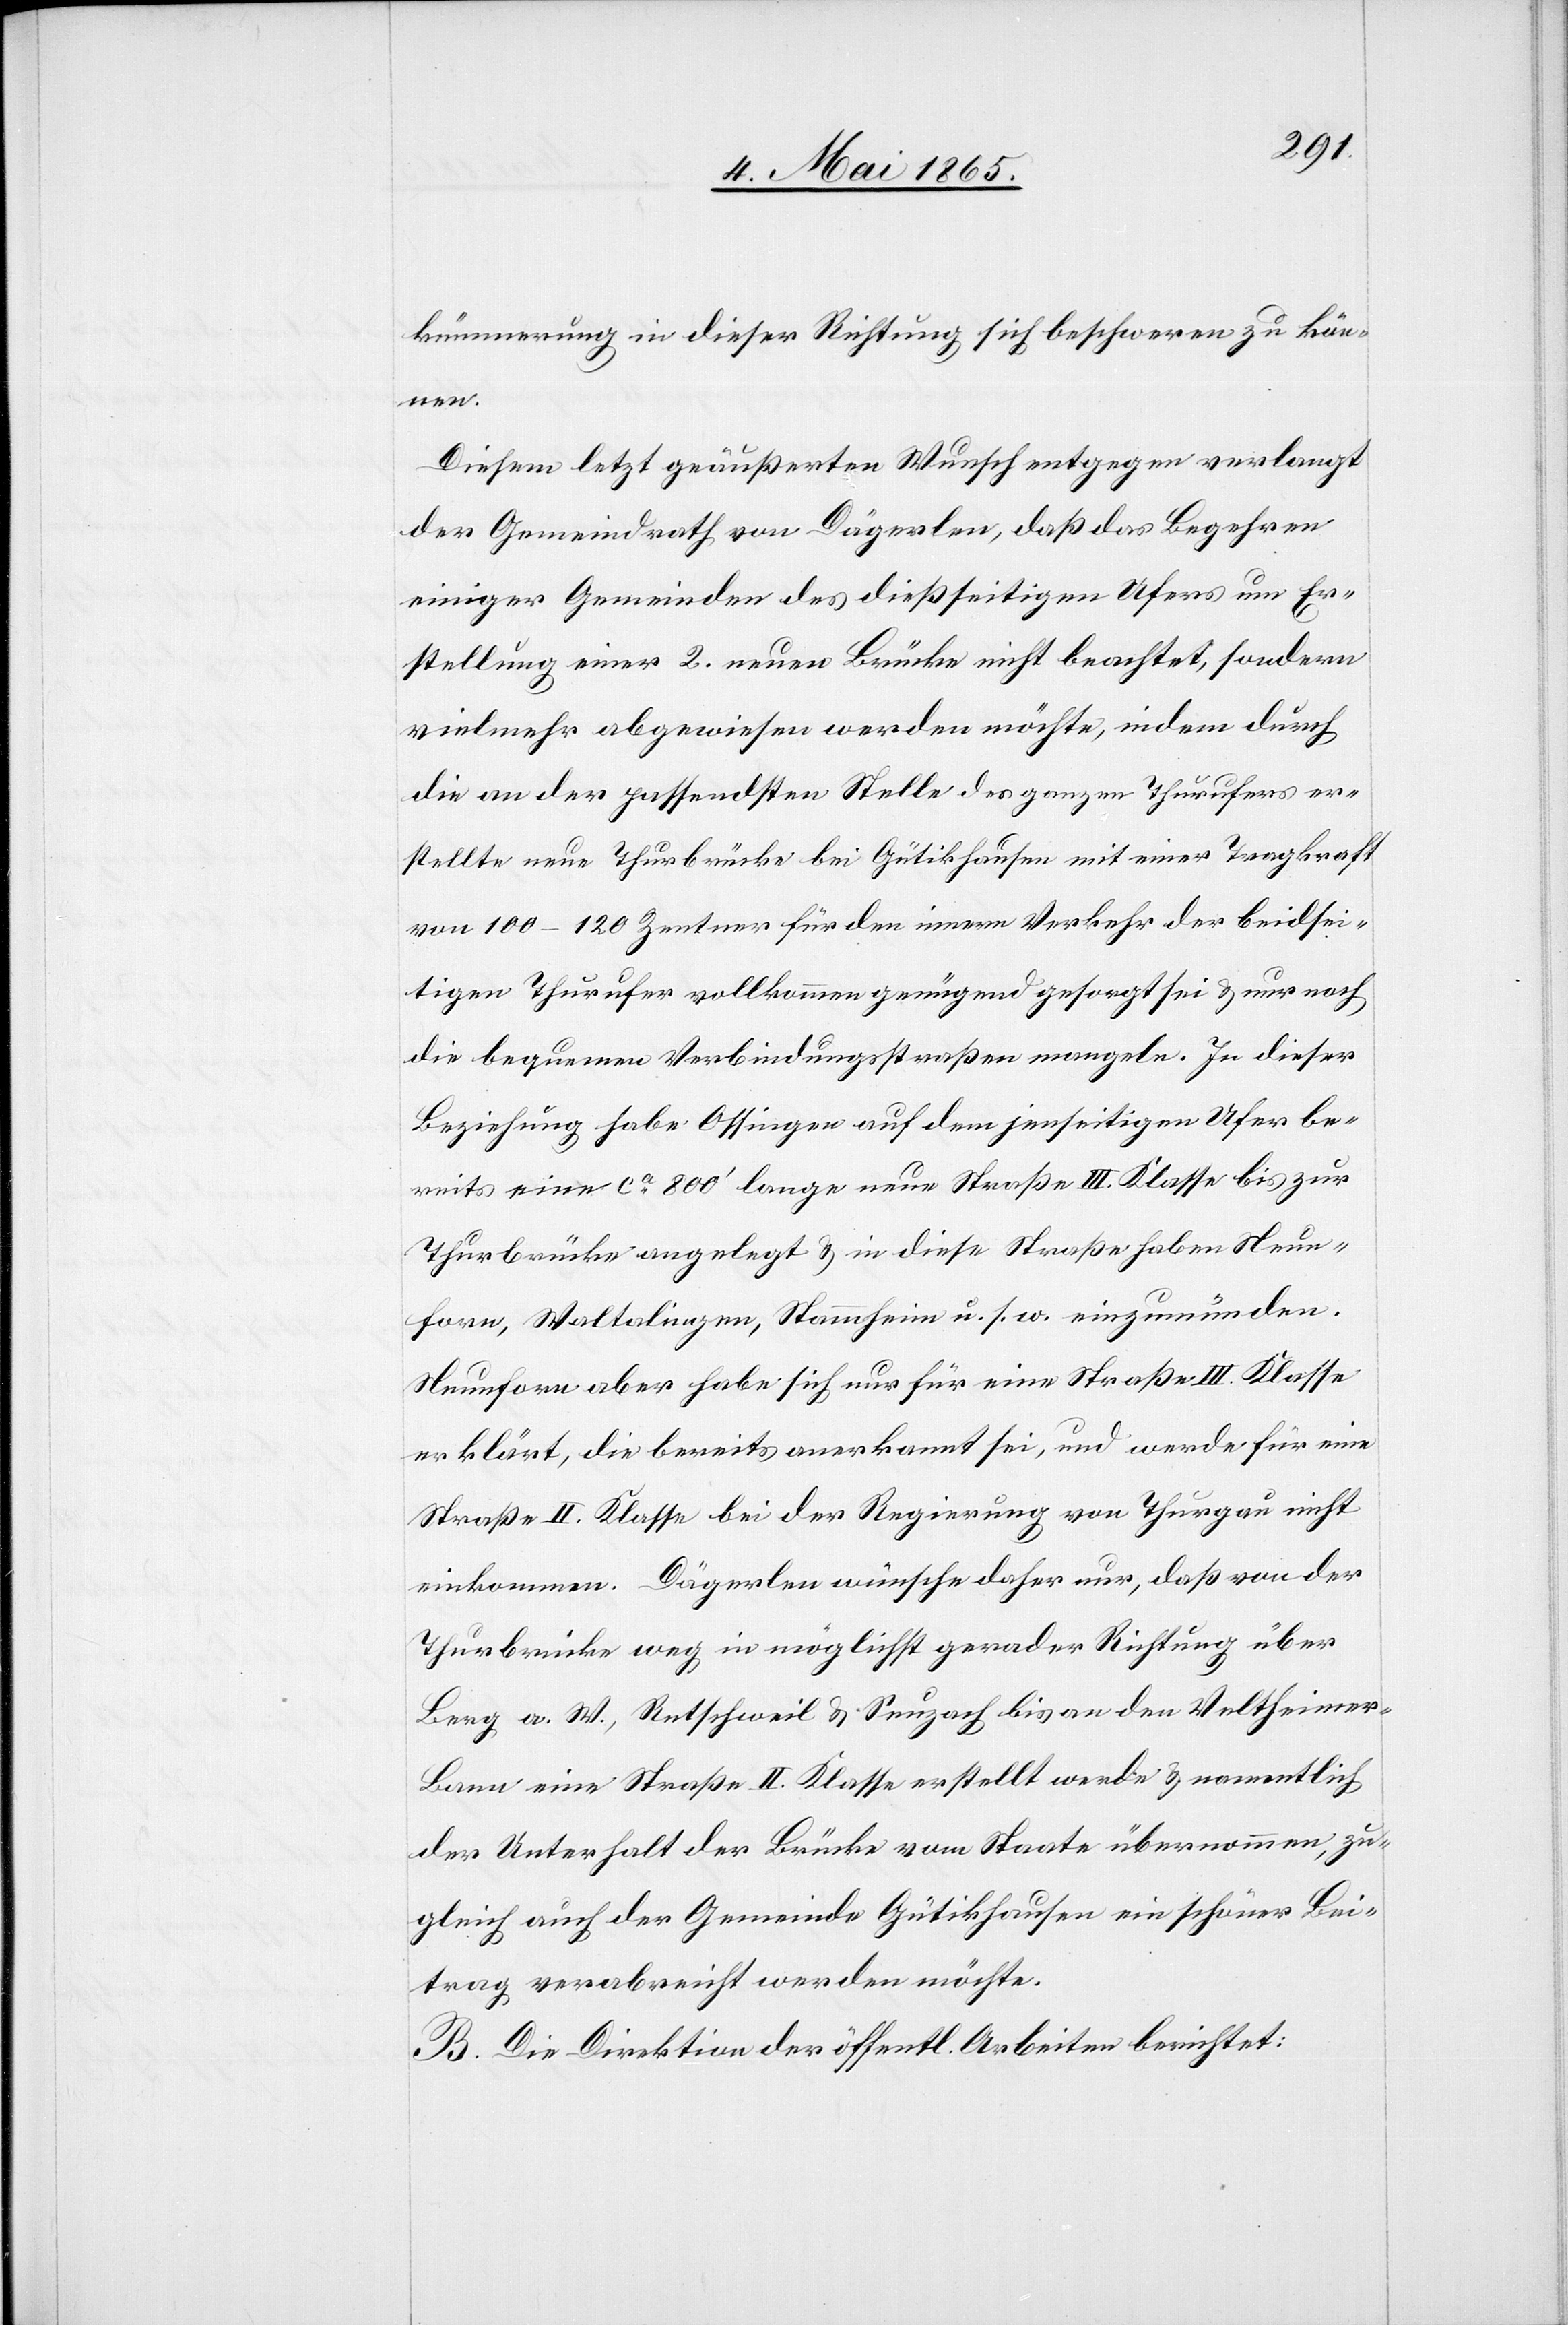
kümmerung in dieser Richtung sich beschweren zu kön¬
nen.
Diesem letzt geäußerten Wunsch entgegen verlangt
der Gemeindrath von Dägerlen, daß das Begehren
einiger Gemeinden des dießseitigen Ufers um Er¬
stellung einer 2. neuen Brücke nicht beachtet, sondern
vielmehr abgewiesen werden möchte, indem durch
die an der passendsten Stelle des ganzen Thurufers er¬
stellte neue Thrubrücke bei Gütikhausen mit einer Tragkraft
von 100–120 Zentner für den innern Verkehr der beidsei¬
tigen Thurufer vollkommen genügend gesorgt sei & nur noch
die bequemen Verbindungsstraßen mangeln. In dieser
Beziehung habe Ossingen auf dem jenseitigen Ufer be¬
reits eine ca 800’ lange neue Straße III. Klasse bis zur
Thurbrücke angelegt & in diese Straße haben Neun¬
forn, Waltalingen, Stammheim u. s. w. einzumünden.
Neunforn aber habe sich nur für eine Straße III. Klasse
erklärt, die bereits anerkannt sei, und werde für eine
Straße II. Klasse bei der Regierung von Thurgau nicht
einkommen. Dägerlen wünsche daher nur, daß von der
Thurbrücke weg in möglichst gerader Richtung über
Berg a. W., Retschweil & Seuzach bis an den Veltheimer-B¬
ann eine Straße II. Klasse erstellt werde & namentlich
der Unterhalt der Brücke vom Staate übernommen, zu¬
gleich auch der Gemeinde Gütikhausen ein schöner Bei¬
trag verabreicht werden möchte.
B. Die Direktion der öffentl. Arbeiten berichtet: